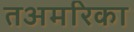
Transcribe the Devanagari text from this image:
तअमरिका